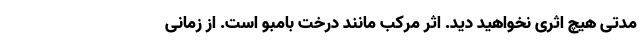
مدتی هیچ اثری نخواهید دید. اثر مرکب مانند درخت بامبو است. از زمانی